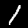
Label: 1